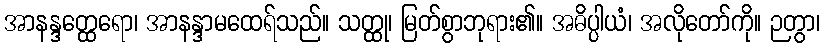
အာနန္ဒတ္ထေရော၊ အာနန္ဒာမထေရ်သည်။ သတ္ထု၊ မြတ်စွာဘုရား၏။ အဓိပ္ပါယံ၊ အလိုတော်ကို။ ဉတွာ၊